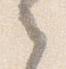
之